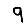
Digit: 9